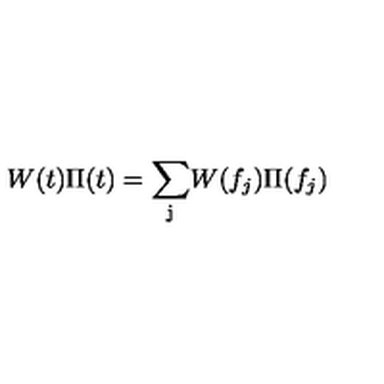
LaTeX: W ( t ) \Pi ( t ) = \mathrm { \sum _ j } W ( f _ { j } ) \Pi ( f _ { j } )